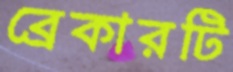
ব্রেকারটি